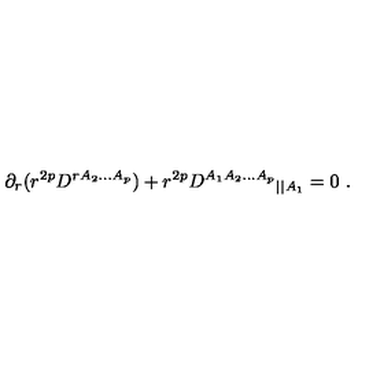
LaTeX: \partial _ { r } ( r ^ { 2 p } D ^ { r A _ { 2 } . . . A _ { p } } ) + r ^ { 2 p } { D ^ { A _ { 1 } A _ { 2 } . . . A _ { p } } } _ { | | A _ { 1 } } = 0 \ .